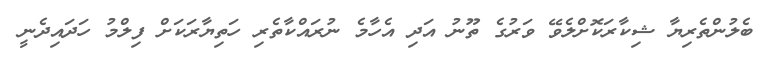
ބެލުންތެރިޔާ ޝިކާރަކޮށްލެވޭ ވަރުގެ ތޫނު އަދި އެހާމެ ނުރައްކާތެރި ހަތިޔާރަކަށް ފިލްމު ހަދައިދެނީ